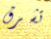
تشرق